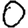
Digit: 0